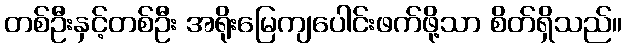
တစ်ဦးနှင့်တစ်ဦး အရိုးမြေကျပေါင်းဖက်ဖို့သာ စိတ်ရှိသည်။